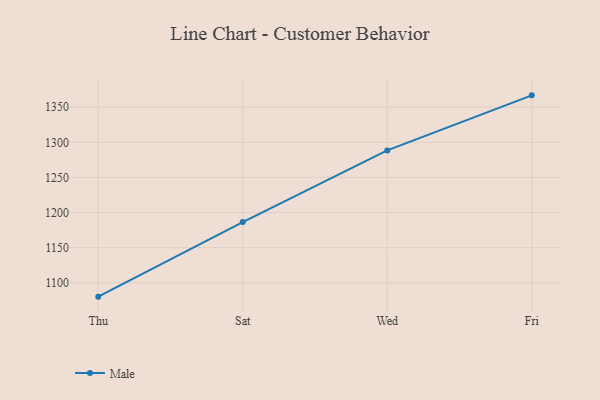
{"axis": {"x": "Day", "y": "Operating Costs (USD K)"}, "legend": ["Male"], "data": [{"x": "Thu", "y": 1080.1, "type": "Male"}, {"x": "Sat", "y": 1186.3, "type": "Male"}, {"x": "Wed", "y": 1288.5, "type": "Male"}, {"x": "Fri", "y": 1366.9, "type": "Male"}]}